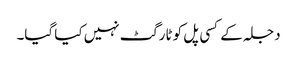
دجلہ کے کسی پل کو ٹارگٹ نہیں کیا گیا۔